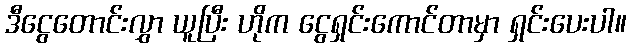
ဒီငွေတောင်းလွှာ ယူပြီး ဟိုက ငွေရှင်းကောင်တာမှာ ရှင်းပေးပါ။